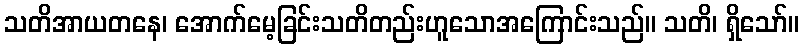
သတိအာယတနေ၊ အောက်မေ့ခြင်းသတိတည်းဟူသောအကြောင်းသည်။ သတိ၊ ရှိသော်။